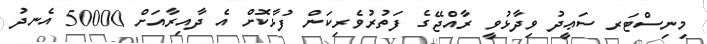
މިނިސްޓަރ ސަޢީދު ވިދާޅުވީ ރާއްޖޭގެ ފަތުރުވެރިކަން ފުޅާކޮށް އެ ދާއިރާއަށް 50000 އެނދު